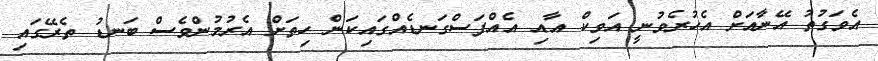
އެވަގުތު އޭނާއަށް އެހުރެވުނީ އަވިކް އާއި އެއްފަސްގަނޑެއްގައިކަން ހިތަށް އެރުމުންވެސް ބަނޑު ތެރޭގައި